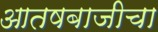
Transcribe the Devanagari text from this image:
आतषबाजीचा